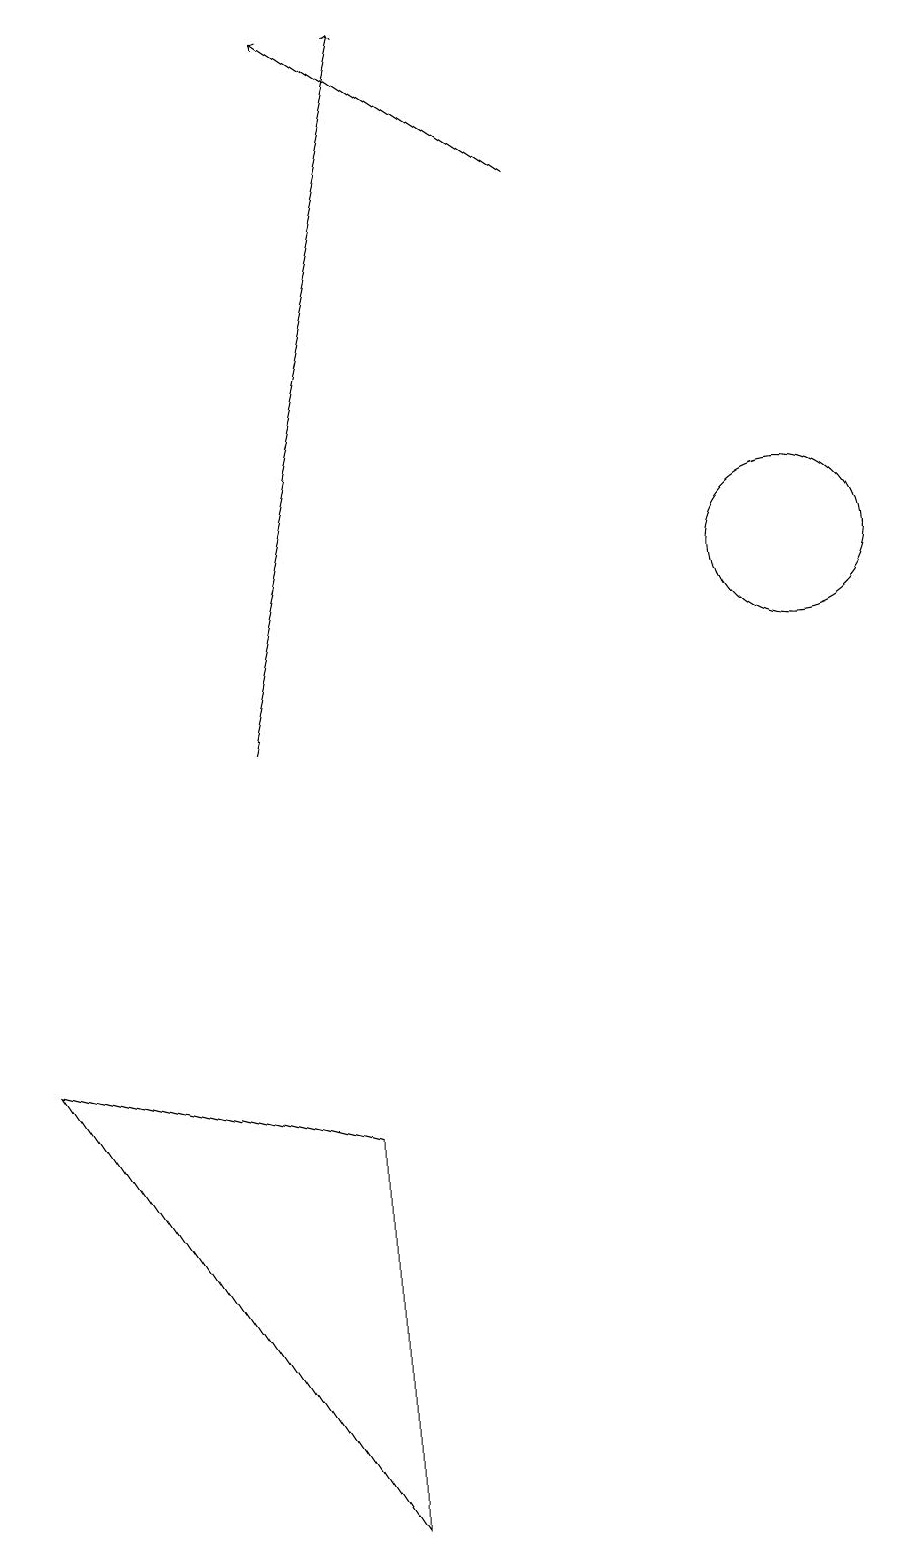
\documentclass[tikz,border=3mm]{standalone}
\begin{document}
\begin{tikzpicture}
\draw (11,12) circle (1);
\draw[->] (4,10) -- (6,19);
\draw (5,0) -- (1,6) -- (5,5) -- cycle;
\draw[->] (8,17) -- (5,19);
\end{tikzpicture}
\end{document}